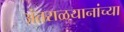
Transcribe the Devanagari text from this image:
अंतराळयानांच्या